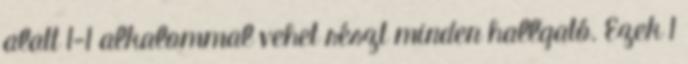
alatt 1-1 alkalommal vehet részt minden hallgató. Ezek 1